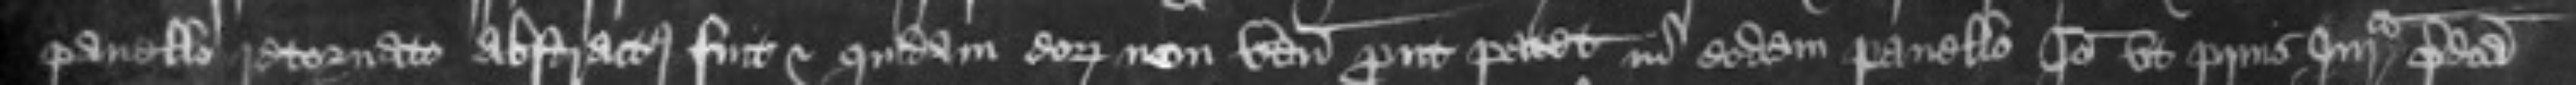
panello retornato abstractus fuit et quidam eorum non venerunt prout patet in eodem panello Ideo ut prius Jurata predicta